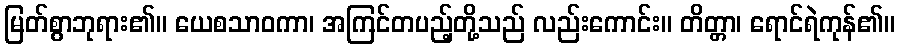
မြတ်စွာဘုရား၏။ ယေစသာဝကာ၊ အကြင်တပည့်တို့သည် လည်းကောင်း။ တိတ္တာ၊ ရောင်ရဲကုန်၏။